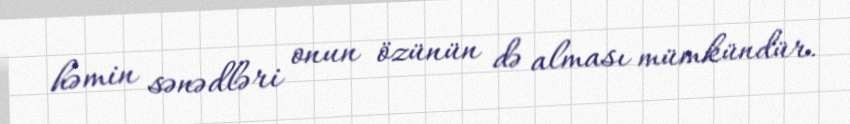
həmin sənədləri onun özünün də alması mümkündür.